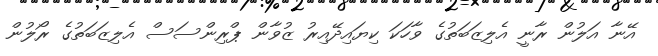
އޭނާ އަލުން ރާނީ އެލިޒަބަތުގެ ވާހަކަ ކިޔައިދޭއިރު ޒުވާން ޕްރިންސަސް އެލިޒަބަތުގެ ރޯލުން